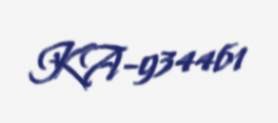
KA-934461